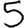
Digit: 5